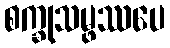
စက္ခုသမ္ဖဿပေ